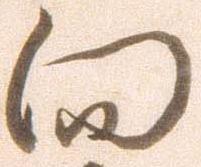
向